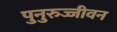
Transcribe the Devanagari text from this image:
पुनुरुज्जीवन